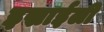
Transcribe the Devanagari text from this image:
इस्राईली